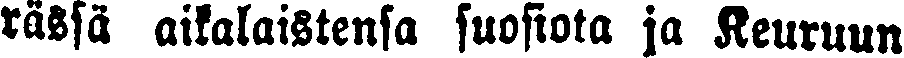
rässä aikalaistensa suosiota ja Keuruun